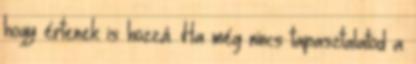
hogy értenek is hozzá. Ha még nincs tapasztalatod a